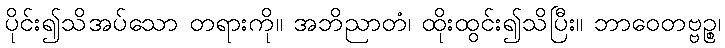
ပိုင်း၍သိအပ်သော တရားကို။ အဘိညာတံ၊ ထိုးထွင်း၍သိပြီး။ ဘာဝေတဗ္ဗဉ္စ၊